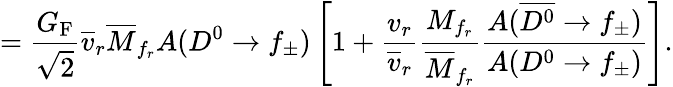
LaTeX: =\frac{G_{\mathrm{F}}}{\sqrt{2}}\overline{{{v}}}_{r}\overline{{{M}}}_{f_{r}}A(D^{0}\to f_{\pm})\left[1+\frac{v_{r}}{\overline{{{v}}}_{r}}\frac{M_{f_{r}}}{\overline{{{M}}}_{f_{r}}}\frac{A(\overline{{{D^{0}}}}\to f_{\pm})}{A(D^{0}\to f_{\pm})}\right].